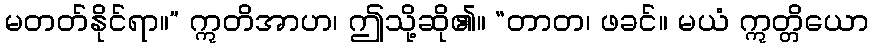
မတတ်နိုင်ရာ။” ဣတိအာဟ၊ ဤသို့ဆို၏။ “တာတ၊ ဖခင်။ မယံ ဣတ္တိယော